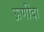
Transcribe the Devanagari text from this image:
ऊणींदा